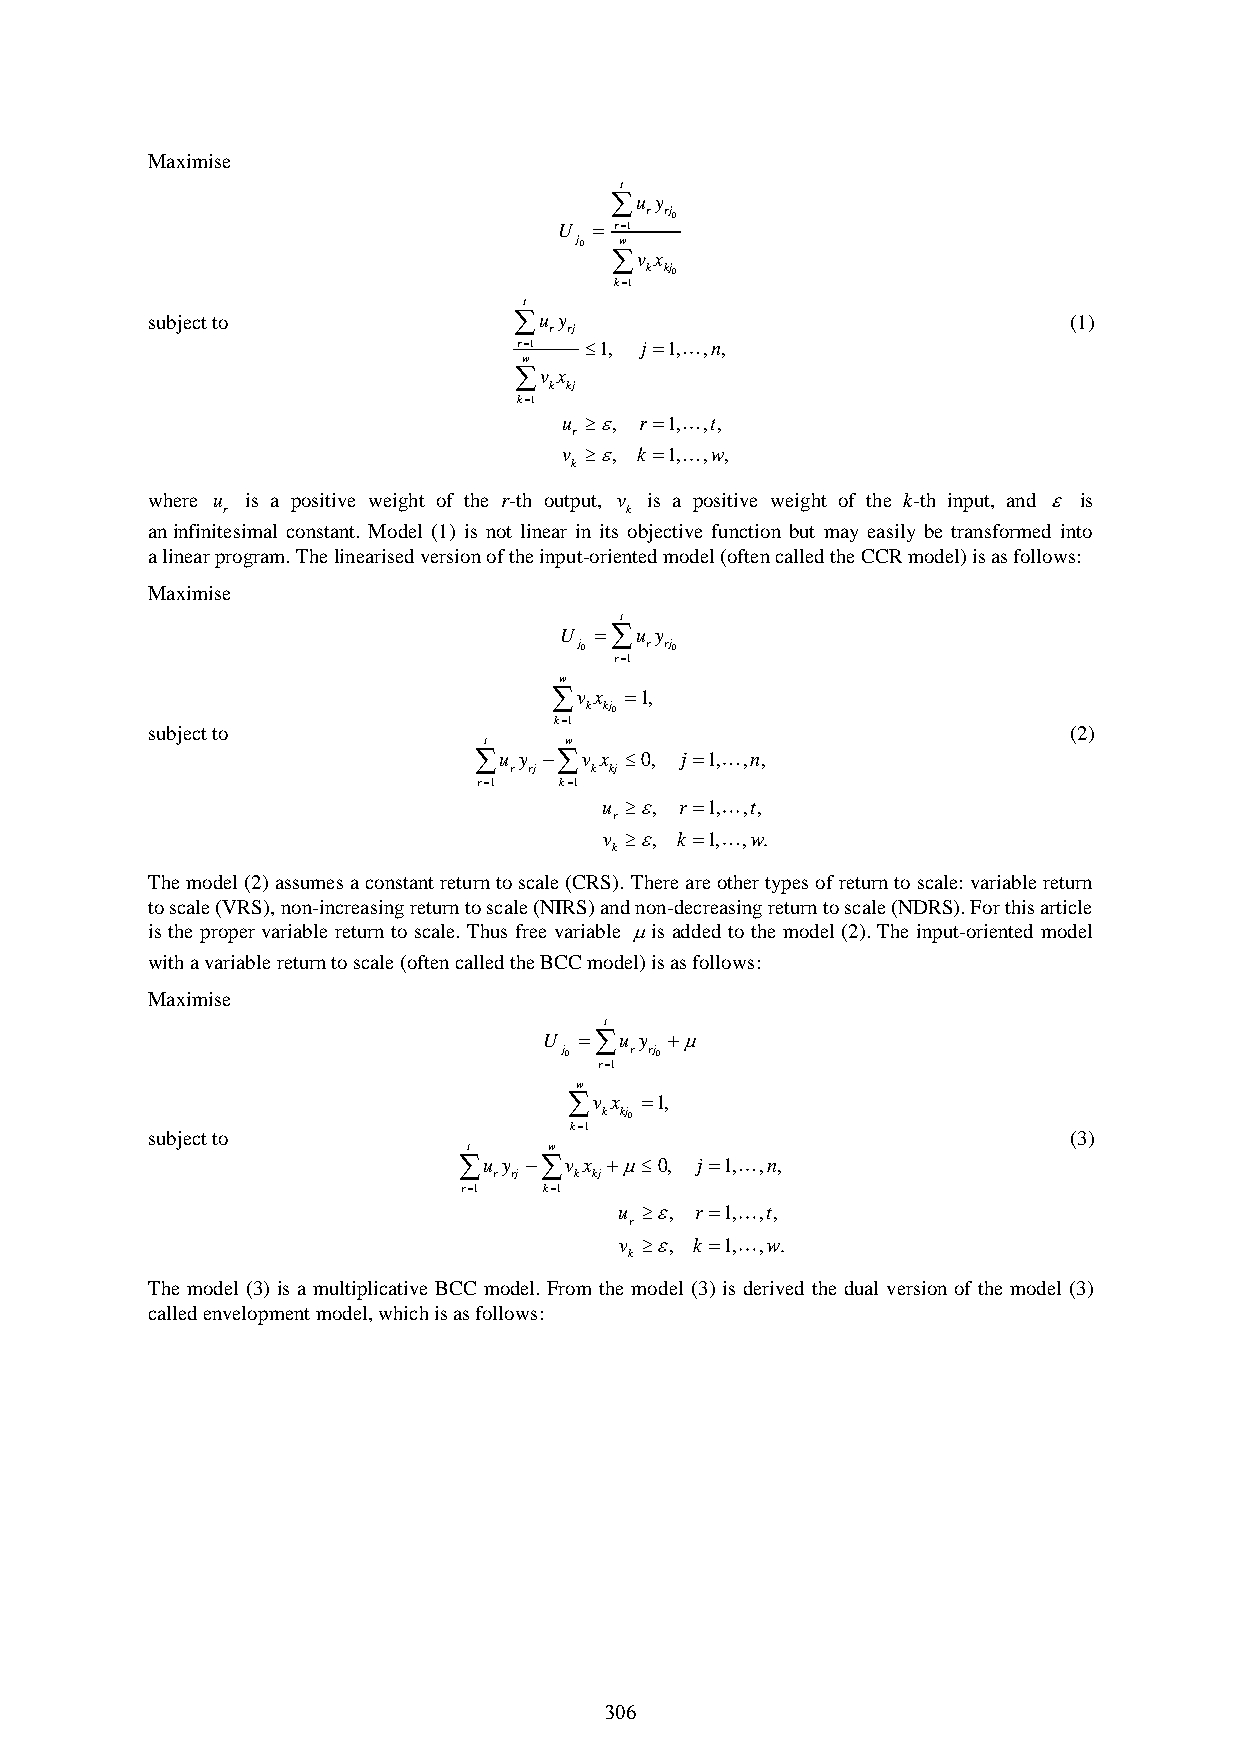
Maximise
 t
 u y
 r rj0
 U  r1
 j0 w
 v x
 k kj0
 k1
 t
 subject to              u y                                 (1)
 r rj
 r1  1, j1, ,n,
 w
 v x
 k kj
 k1
 u , r 1, ,t,
 r
 v , k 1, ,w,
 k
 where u is a positive weight of the r-th output, v is a positive weight of the k-th input, and  is
 r                         k
 an infinitesimal constant. Model (1) is not linear in its objective function but may easily be transformed into
 a linear program. The linearised version of the input-oriented model (often called the CCR model) is as follows:
 Maximise
 t
 U u y
 j0   r rj0
 r1
 w
 v x 1,
 k kj0
 k1
 subject to                                                   (2)
 t    w
 u y v x 0, j1, ,n,
 r rj k kj
 r1  k1
 u , r 1, ,t,
 r
 v , k 1, ,w.
 k
 The model (2) assumes a constant return to scale (CRS). There are other types of return to scale: variable return
 to scale (VRS), non-increasing return to scale (NIRS) and non-decreasing return to scale (NDRS). For this article
 is the proper variable return to scale. Thus free variable is added to the model (2). The input-oriented model
 with a variable return to scale (often called the BCC model) is as follows:
 Maximise
 t
 U u y 
 j0   r rj0
 r1
 w
 v x 1,
 k kj0
 k1
 subject to                                                   (3)
 t    w
 u y v x 0, j 1, ,n,
 r rj k kj
 r1   k1
 u , r 1, ,t,
 r
 v , k 1, ,w.
 k
 The model (3) is a multiplicative BCC model. From the model (3) is derived the dual version of the model (3)
 called envelopment model, which is as follows:
 306